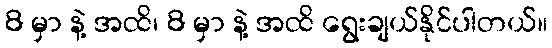
8 မှာ နဲ့ အထိ၊ 8 မှာ နဲ့ အထိ ရွေးချယ်နိုင်ပါတယ်။